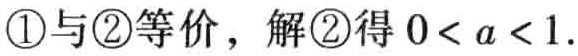
\textcircled{1}与\textcircled{2}等价，解\textcircled{2}得 \(0 < a < 1\).